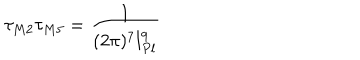
\tau _ { M 2 } \tau _ { M 5 } = \frac { 1 } { ( 2 \pi ) ^ { 7 } l _ { P l } ^ { 9 } }